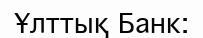
Ұлттық Банк: